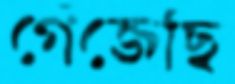
গেঁজেছি